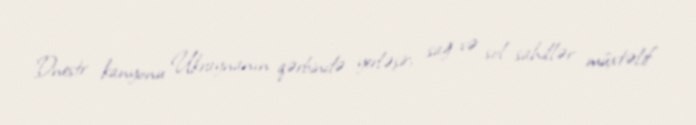
Dnestr kanyonu Ukraynanın qərbində yerləşir, sağ və sol sahillər müxtəlif